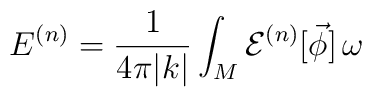
E^{(n)} = \frac{1}{4\pi |k|}\int_{M} {\cal E}^{(n)}[\vec\phi]\, \omega